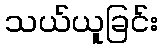
သယ်ယူခြင်း